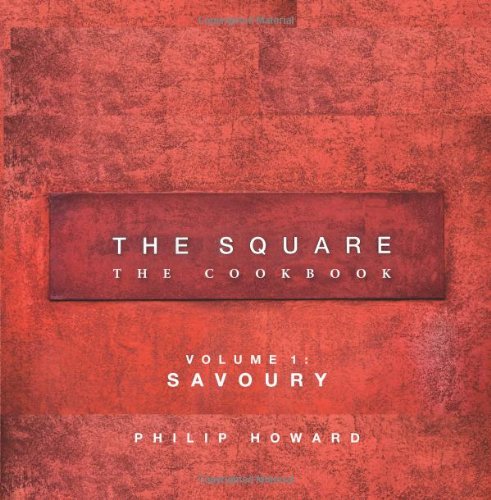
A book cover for The Square: Savoury; Philip Howard; Cookbooks, Food & Wine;